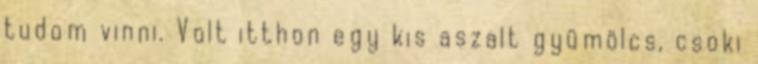
tudom vinni. Volt itthon egy kis aszalt gyümölcs, csoki